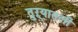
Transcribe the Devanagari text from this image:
तुऱ्यातली